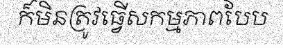
ក៏មិនត្រូវធ្វើសកម្មភាពបែប